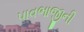
પાવભાજીની